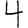
Digit: 4